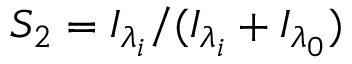
{ S _ { 2 } } = { I _ { { \lambda } _ { i } } } / { ( I _ { { \lambda } _ { i } } + I _ { { \lambda } _ { 0 } } ) }